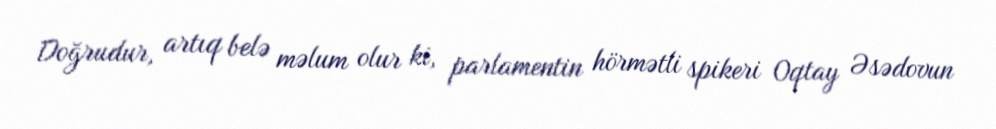
Doğrudur, artıq belə məlum olur ki, parlamentin hörmətli spikeri Oqtay Əsədovun